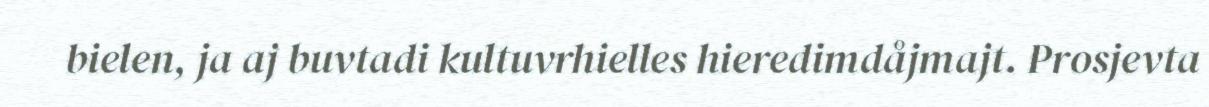
bielen, ja aj buvtadi kultuvrhielles hieredimdåjmajt. Prosjevta